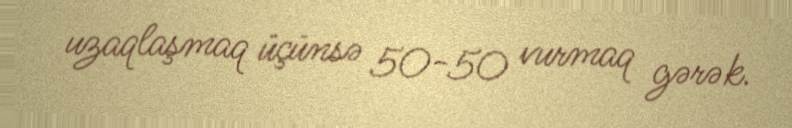
uzaqlaşmaq üçünsə 50-50 vurmaq gərək.